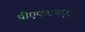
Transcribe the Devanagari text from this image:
पीएफएमएस